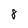
Character: 8